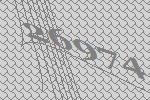
26974